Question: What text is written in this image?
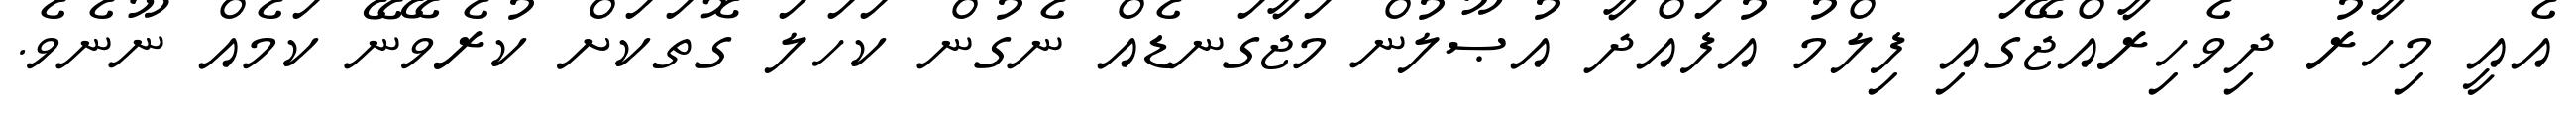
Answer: އެއީ މިހާރު ދިވެހިރާއްޖޭގައި ފިލްމު އުފައްދާ އުޞޫލުން މަޖާގަނޑެއް ނެގުން ކަހަލަ ގޮތަކަށް ކުރެވޭނޭ ކަމެއް ނޫނެވެ.